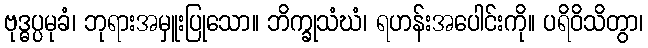
ဗုဒ္ဓပ္ပမုခံ၊ ဘုရားအမှူးပြုသော။ ဘိက္ခုသံဃံ၊ ရဟန်းအပေါင်းကို။ ပရိဝိသိတွာ၊